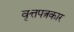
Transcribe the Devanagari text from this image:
वृत्तपत्रकार